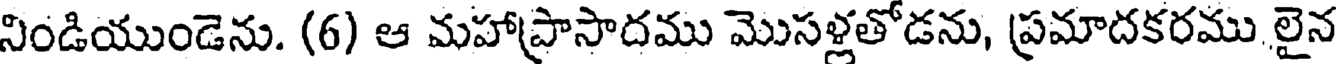
నిండియుండెను. (6) ఆ మహాప్రాసాదము మొసళ్లతోడను, ప్రమాదకరము లైన